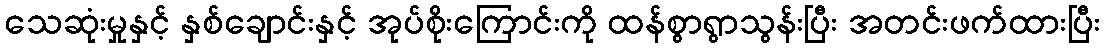
သေဆုံးမှုနှင့် နှစ်ချောင်းနှင့် အုပ်စိုးကြောင်းကို ထန်စွာရွာသွန်းပြီး အတင်းဖက်ထားပြီး